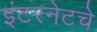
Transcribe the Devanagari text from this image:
इंटरनेटचे